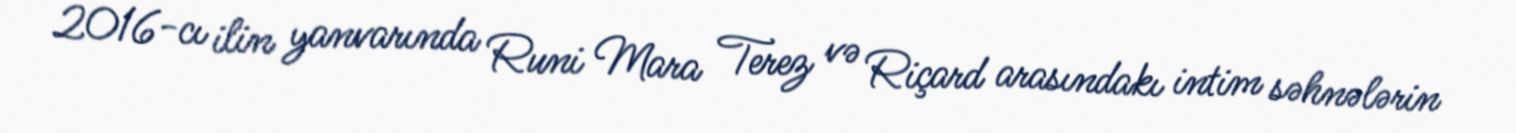
2016-cı ilin yanvarında Runi Mara Terez və Riçard arasındakı intim səhnələrin